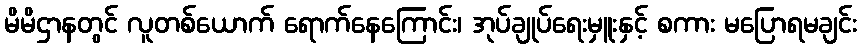
မိမိဌာနတွင် လူတစ်ယောက် ရောက်နေကြောင်း၊ အုပ်ချုပ်ရေးမှူးနှင့် စကား မပြောရမချင်း